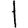
Digit: 1